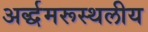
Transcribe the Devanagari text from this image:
अर्द्धमरूस्थलीय